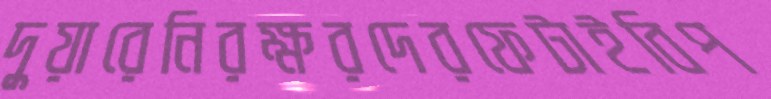
দুয়ারেনিরক্ষরদেরফেটাইবিপ